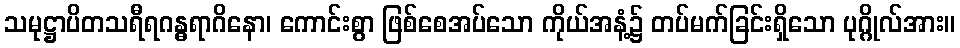
သမုဋ္ဌာပိတသရီရဂန္ဓရာဂိနော၊ ကောင်းစွာ ဖြစ်စေအပ်သော ကိုယ်အနံ့၌ တပ်မက်ခြင်းရှိသော ပုဂ္ဂိုလ်အား။